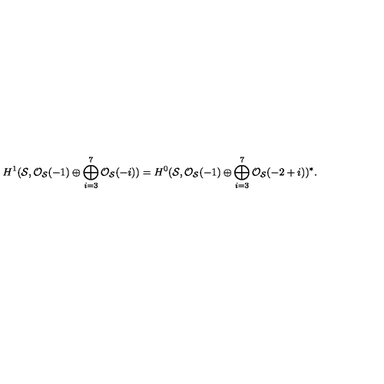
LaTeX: H ^ { 1 } ( { \cal S } , { \cal O } _ { { \cal S } } ( - 1 ) \oplus \bigoplus _ { i = 3 } ^ { 7 } { \cal O } _ { { \cal S } } ( - i ) ) = H ^ { 0 } ( { \cal S } , { \cal O } _ { { \cal S } } ( - 1 ) \oplus \bigoplus _ { i = 3 } ^ { 7 } { \cal O } _ { { \cal S } } ( - 2 + i ) ) ^ { * } .